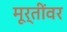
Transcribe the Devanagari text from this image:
मूर्तींवर